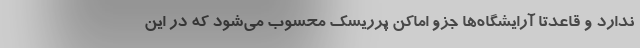
ندارد و قاعدتا آرایشگاه‌ها جزو اماکن پرریسک محسوب می‌شود که در این